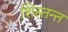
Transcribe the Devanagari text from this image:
शिस्तन्त